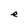
Character: e